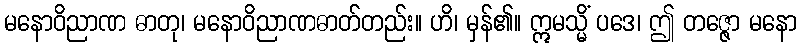
မနောဝိညာဏ ဓာတု၊ မနောဝိညာဏဓာတ်တည်း။ ဟိ၊ မှန်၏။ ဣမသ္မိံ ပဒေ၊ ဤ တဇ္ဇော မနော